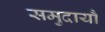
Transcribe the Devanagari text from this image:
समुदायौं